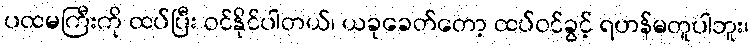
ပထမကြီးကို ထပ်ပြီး ဝင်နိုင်ပါတယ်၊ ယခုခေတ်တော့ ထပ်ဝင်ခွင့် ရဟန်မတူပါဘူး၊